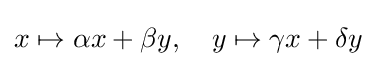
x\mapsto \alpha x+\beta y,\quad y\mapsto \gamma x+\delta y